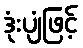
ဒုံးပျံဖြင့်